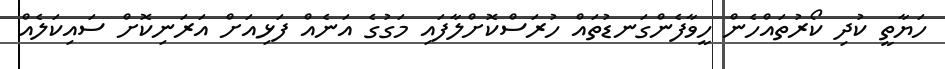
ހަޔާތީ ކުދި ކޯރުތައްހެން ހީވާފެންގަނޑުތައް ހުރަސްކޮށްލާފައި މަގުގެ އަނެއް ފަޅިއަށް އަރަނިކޮށް ސައިކަލެއް